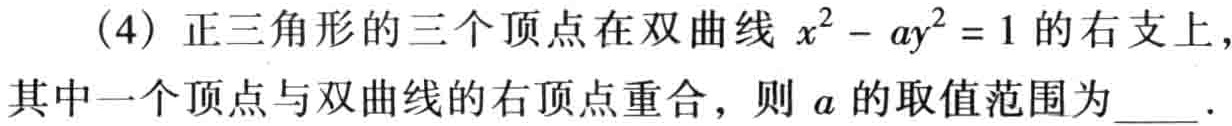
(4) 正三角形的三个顶点在双曲线 \(x^{2}-ay^{2}=1\) 的右支上，其中一个顶点与双曲线的右顶点重合，则 \(a\) 的取值范围为  ．